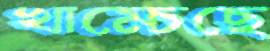
খাম্‌চেছে